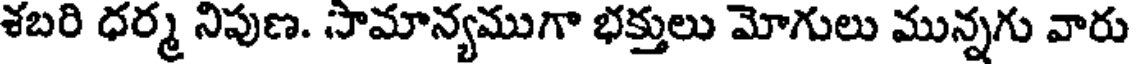
శబరి ధర్మ నిపుణ. సామాన్యముగా భక్తులు మోగులు మున్నగు వారు